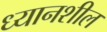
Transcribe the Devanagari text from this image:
ध्यानशील